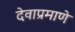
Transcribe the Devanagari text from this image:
देवाप्रमाणे